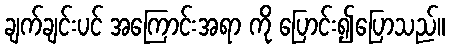
ချက်ချင်းပင် အကြောင်းအရာ ကို ပြောင်း၍ပြောသည်။